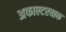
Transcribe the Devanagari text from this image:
अफाल्टरबाक